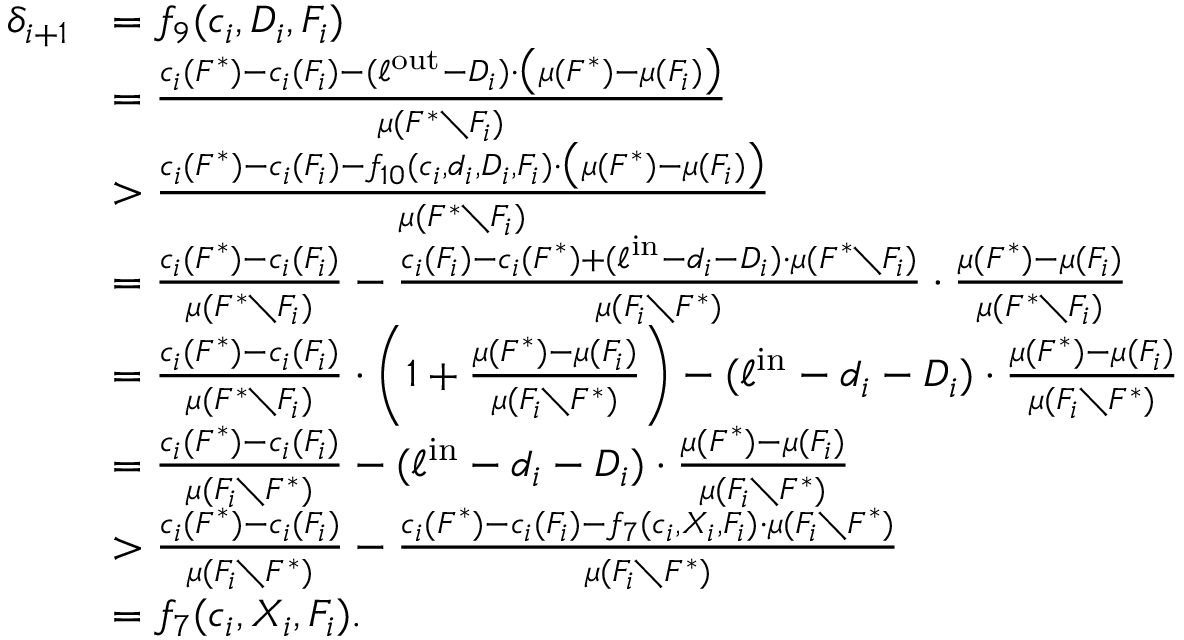
\begin{array} { r l } { \delta _ { i + 1 } } & { = f _ { 9 } ( c _ { i } , D _ { i } , F _ { i } ) } \\ { } & { = \frac { c _ { i } ( F ^ { * } ) - c _ { i } ( F _ { i } ) - ( \ell ^ { \mathrm { o u t } } - D _ { i } ) \cdot \big ( \mu ( F ^ { * } ) - \mu ( F _ { i } ) \big ) } { \mu ( F ^ { * } \setminus F _ { i } ) } } \\ { } & { > \frac { c _ { i } ( F ^ { * } ) - c _ { i } ( F _ { i } ) - f _ { 1 0 } ( c _ { i } , d _ { i } , D _ { i } , F _ { i } ) \cdot \big ( \mu ( F ^ { * } ) - \mu ( F _ { i } ) \big ) } { \mu ( F ^ { * } \setminus F _ { i } ) } } \\ { } & { = \frac { c _ { i } ( F ^ { * } ) - c _ { i } ( F _ { i } ) } { \mu ( F ^ { * } \setminus F _ { i } ) } - \frac { c _ { i } ( F _ { i } ) - c _ { i } ( F ^ { * } ) + ( \ell ^ { \mathrm { i n } } - d _ { i } - D _ { i } ) \cdot \mu ( F ^ { * } \setminus F _ { i } ) } { \mu ( F _ { i } \setminus F ^ { * } ) } \cdot \frac { \mu ( F ^ { * } ) - \mu ( F _ { i } ) } { \mu ( F ^ { * } \setminus F _ { i } ) } } \\ { } & { = \frac { c _ { i } ( F ^ { * } ) - c _ { i } ( F _ { i } ) } { \mu ( F ^ { * } \setminus F _ { i } ) } \cdot \left( 1 + \frac { \mu ( F ^ { * } ) - \mu ( F _ { i } ) } { \mu ( F _ { i } \setminus F ^ { * } ) } \right) - ( \ell ^ { \mathrm { i n } } - d _ { i } - D _ { i } ) \cdot \frac { \mu ( F ^ { * } ) - \mu ( F _ { i } ) } { \mu ( F _ { i } \setminus F ^ { * } ) } } \\ { } & { = \frac { c _ { i } ( F ^ { * } ) - c _ { i } ( F _ { i } ) } { \mu ( F _ { i } \setminus F ^ { * } ) } - ( \ell ^ { \mathrm { i n } } - d _ { i } - D _ { i } ) \cdot \frac { \mu ( F ^ { * } ) - \mu ( F _ { i } ) } { \mu ( F _ { i } \setminus F ^ { * } ) } } \\ { } & { > \frac { c _ { i } ( F ^ { * } ) - c _ { i } ( F _ { i } ) } { \mu ( F _ { i } \setminus F ^ { * } ) } - \frac { c _ { i } ( F ^ { * } ) - c _ { i } ( F _ { i } ) - f _ { 7 } ( c _ { i } , X _ { i } , F _ { i } ) \cdot \mu ( F _ { i } \setminus F ^ { * } ) } { \mu ( F _ { i } \setminus F ^ { * } ) } } \\ { } & { = f _ { 7 } ( c _ { i } , X _ { i } , F _ { i } ) . } \end{array}